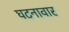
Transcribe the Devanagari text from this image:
घटनावार